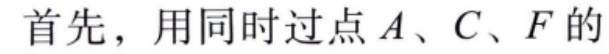
首先，用同时过点\(A\)、\(C\)、\(F\)的